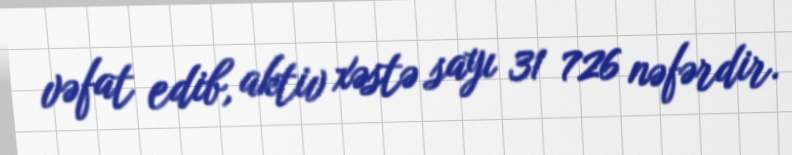
vəfat edib, aktiv xəstə sayı 31 726 nəfərdir.